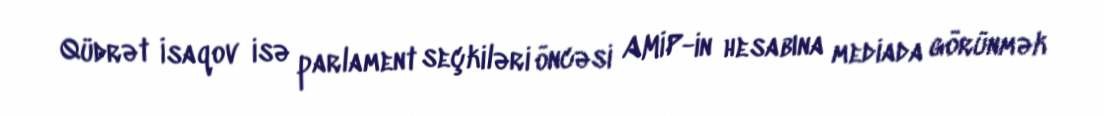
Qüdrət İsaqov isə parlament seçkiləri öncəsi AMİP-in hesabına mediada görünmək